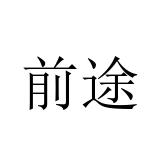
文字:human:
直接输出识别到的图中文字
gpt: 前途